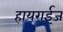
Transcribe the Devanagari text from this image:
हायराईज